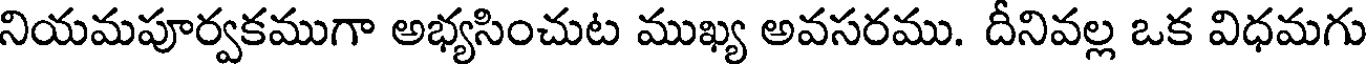
నియమపూర్వకముగా అభ్యసించుట ముఖ్య అవసరము. దీనివల్ల ఒక విధమగు